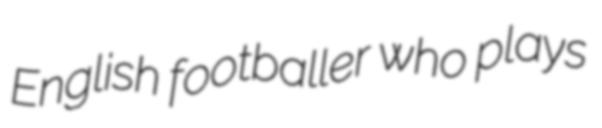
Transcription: English footballer who plays